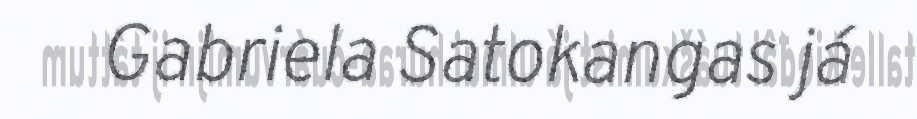
Gabriela Satokangas já